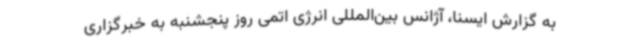
به گزارش ایسنا، آژانس بین‌المللی انرژی اتمی روز پنجشنبه به خبرگزاری